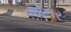
જોનર